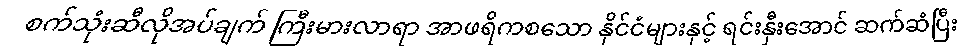
စက်သုံးဆီလိုအပ်ချက် ကြီးမားလာရာ အာဖရိကစသော နိုင်ငံများနှင့် ရင်းနှီးအောင် ဆက်ဆံပြီး